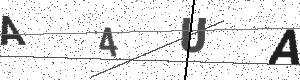
Text: A4UA